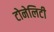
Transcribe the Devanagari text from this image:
टोनेलिटी